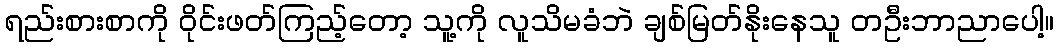
ရည်းစားစာကို ဝိုင်းဖတ်ကြည့်တော့ သူ့ကို လူသိမခံဘဲ ချစ်မြတ်နိုးနေသူ တဦးဘာညာပေါ့။